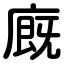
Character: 廐